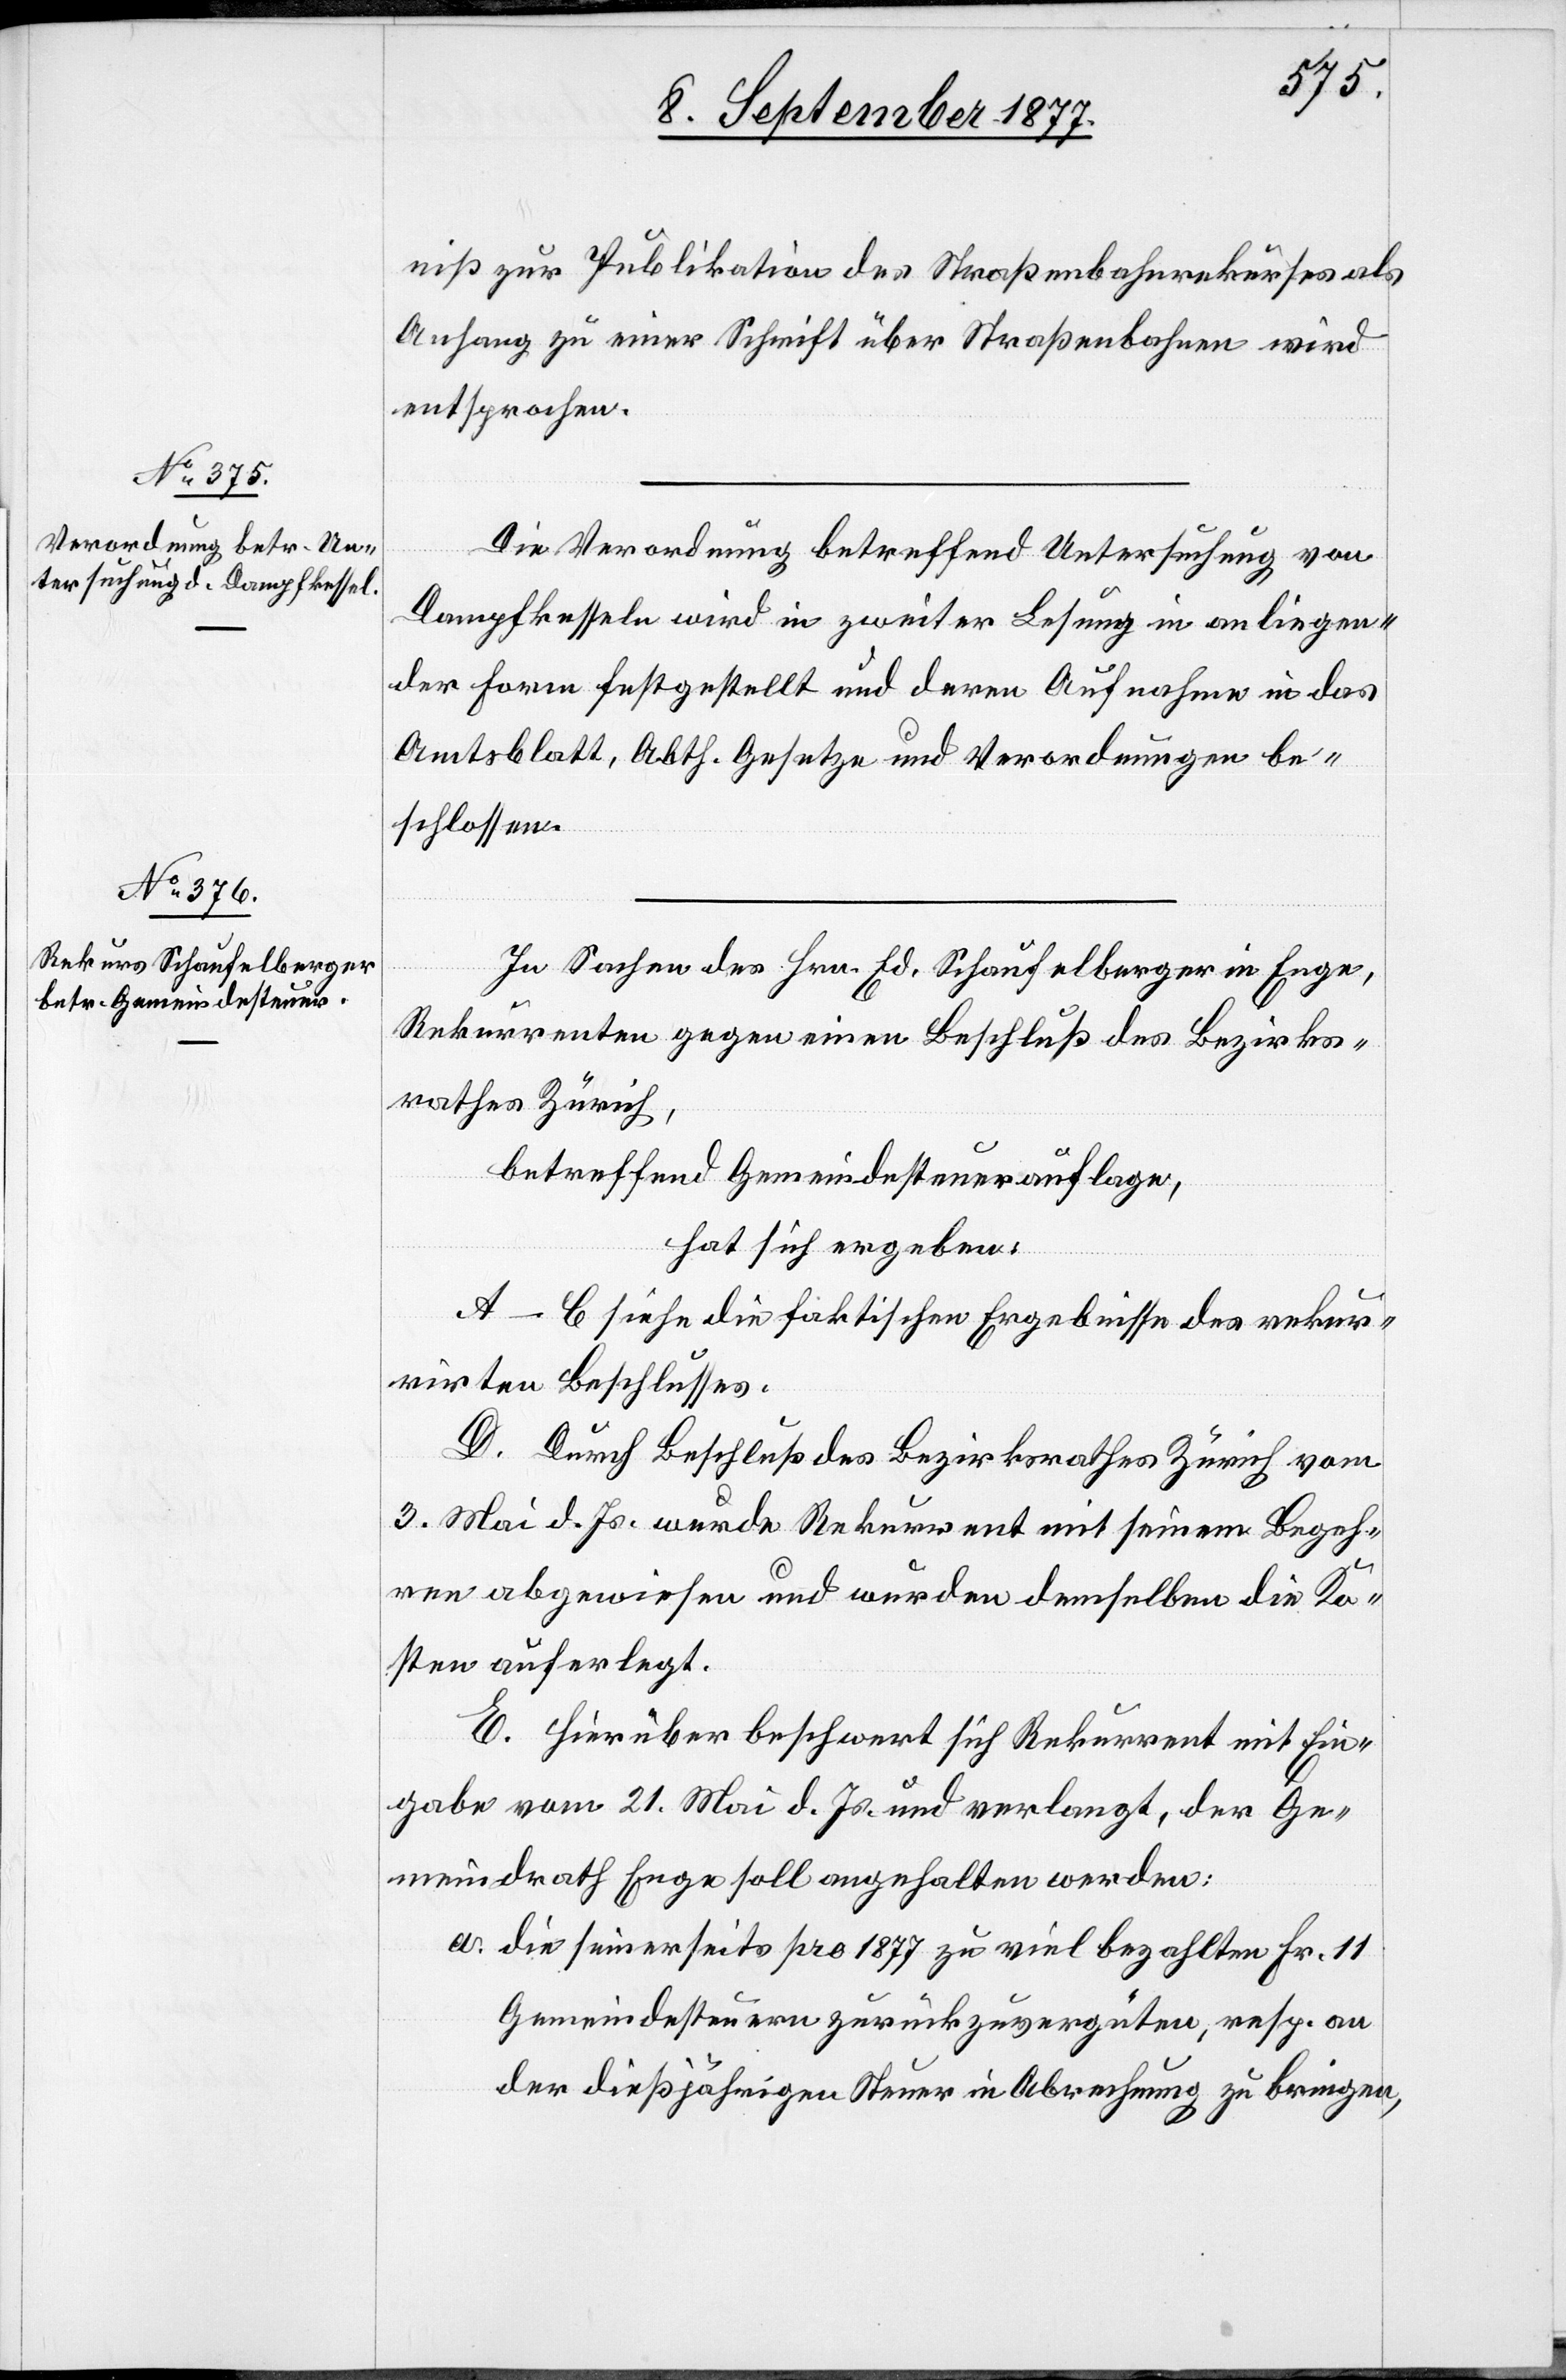
a.

niß zur Publikation des Straßenbahnrekurses als
Anhang zu einer Schrift über Straßenbahnen wird
entsprochen.
Die Verordnung betreffend Untersuchung von
Dampfkesseln wird in zweiter Lesung in anliegen¬
der Form festgestellt und deren Aufnahme in das
Amtsblatt, Abth. Gesetze und Verordnungen be¬
schlossen.
In Sachen des Hrn. Ed. Schaufelberger in Enge,
Rekurrenten gegen einen Beschluß des Bezirks¬
rathes Zürich,
betreffend Gemeindesteuerauflage,
hat sich ergeben:
A–C siehe die faktischen Ergebnisse des rekur¬
rirten Beschlusses.
D. Durch Beschluß des Bezirksrathes Zürich vom
3. Mai d. Js. wurde Rekurrent mit seinem Begeh¬
ren abgewiesen und wurden demselben die Ko¬
sten auferlegt.
E. Hierüber beschwert sich Rekurrent mit Ein¬
gabe vom 21. Mai d. Js. und verlangt, der Ge¬
meindrath Enge soll angehalten werden:
die seinerseits pro 1877 zu viel bezahlten Fr. 11
Gemeindesteuern zurückzuvergüten, resp. an
der dießjährigen Steuer in Abrechnung zu bringen,